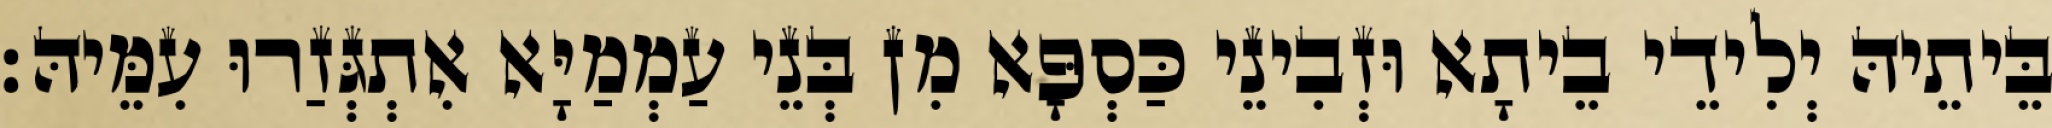
בֵּיתֵיהּ יְלִידֵי בֵיתָא וּזְבִינֵי כַּסְפָּא מִן בְּנֵי עַמְמַיָּא אִתְגְּזַרוּ עִמֵּיהּ׃